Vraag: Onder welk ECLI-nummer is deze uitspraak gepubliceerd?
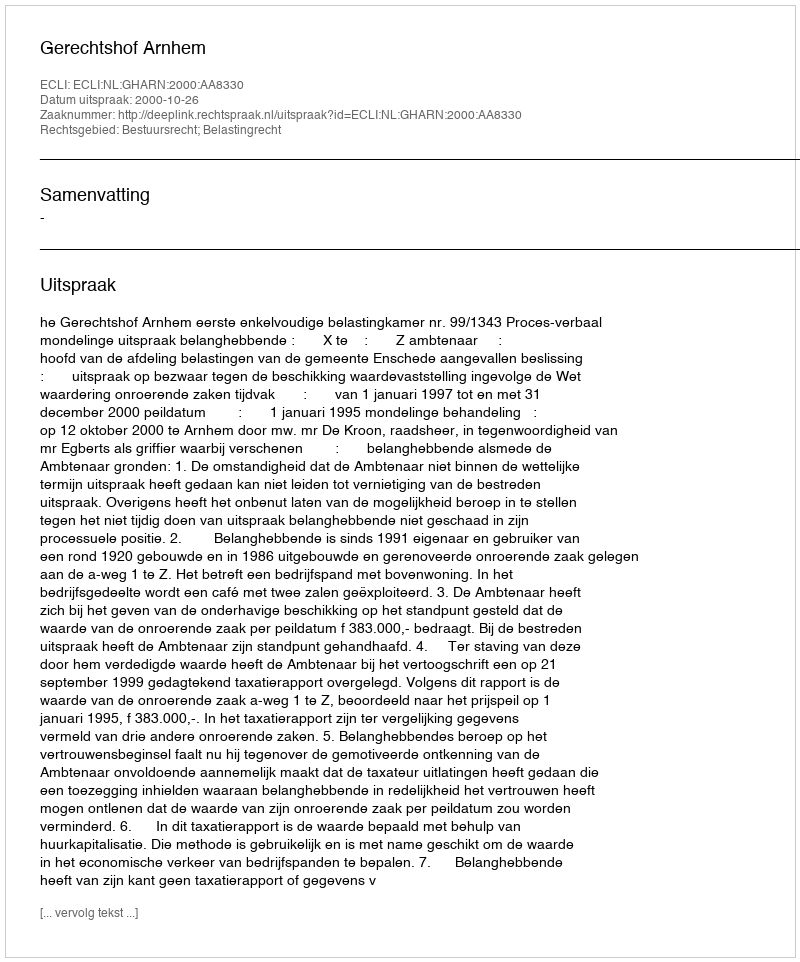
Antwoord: ECLI:NL:GHARN:2000:AA8330